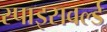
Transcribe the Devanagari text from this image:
स्पाइसवर्ल्ड